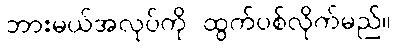
ဘားမယ်အလုပ်ကို ထွက်ပစ်လိုက်မည်။